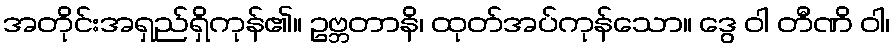
အတိုင်းအရှည်ရှိကုန်၏။ ဥဗ္ဘတာနိ၊ ထုတ်အပ်ကုန်သော။ ဒွေ ဝါ တီဏိ ဝါ၊